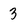
Character: 3